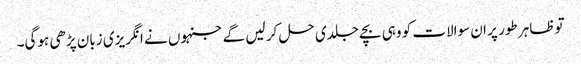
تو ظاہر طور پر ان سوالات کو وہی بچے جلدی حل کر لیں گے جنہوں نے انگریزی زبان پڑھی ہوگی۔